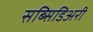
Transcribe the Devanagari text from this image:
सब्सिडिअरी